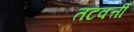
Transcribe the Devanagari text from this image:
तटवर्त्ती